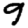
Digit: 9